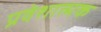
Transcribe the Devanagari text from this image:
प्रवेशात्मक